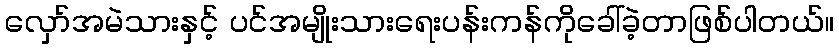
လှော်အမဲသားနှင့် ပင်အမျိုးသားရေးပန်းကန်ကိုခေါ်ခဲ့တာဖြစ်ပါတယ်။